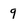
Character: q